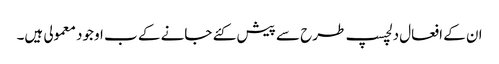
ان کے افعال دلچسپ طرح سے پیش کئے جانے کے ب اوجود معمولی ہیں۔